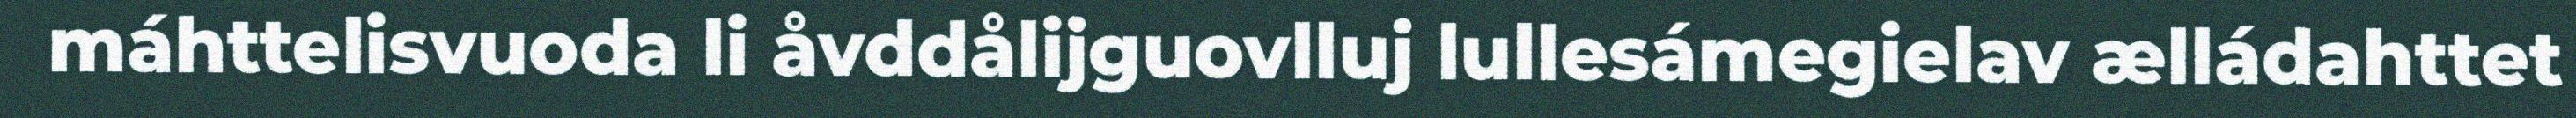
máhttelisvuoda li åvddålijguovlluj lullesámegielav ælládahttet